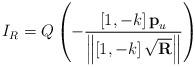
LaTeX: \begin{align*}{I_R} = Q\left( { - \frac{{\left[ {1, - k} \right]{{\textbf{p}}_u}}}{{\left\| {\left[ {1, - k} \right]\sqrt {\textbf{R}} } \right\|}}} \right)\end{align*}